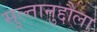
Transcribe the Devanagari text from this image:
सुल्तानुद्दौला